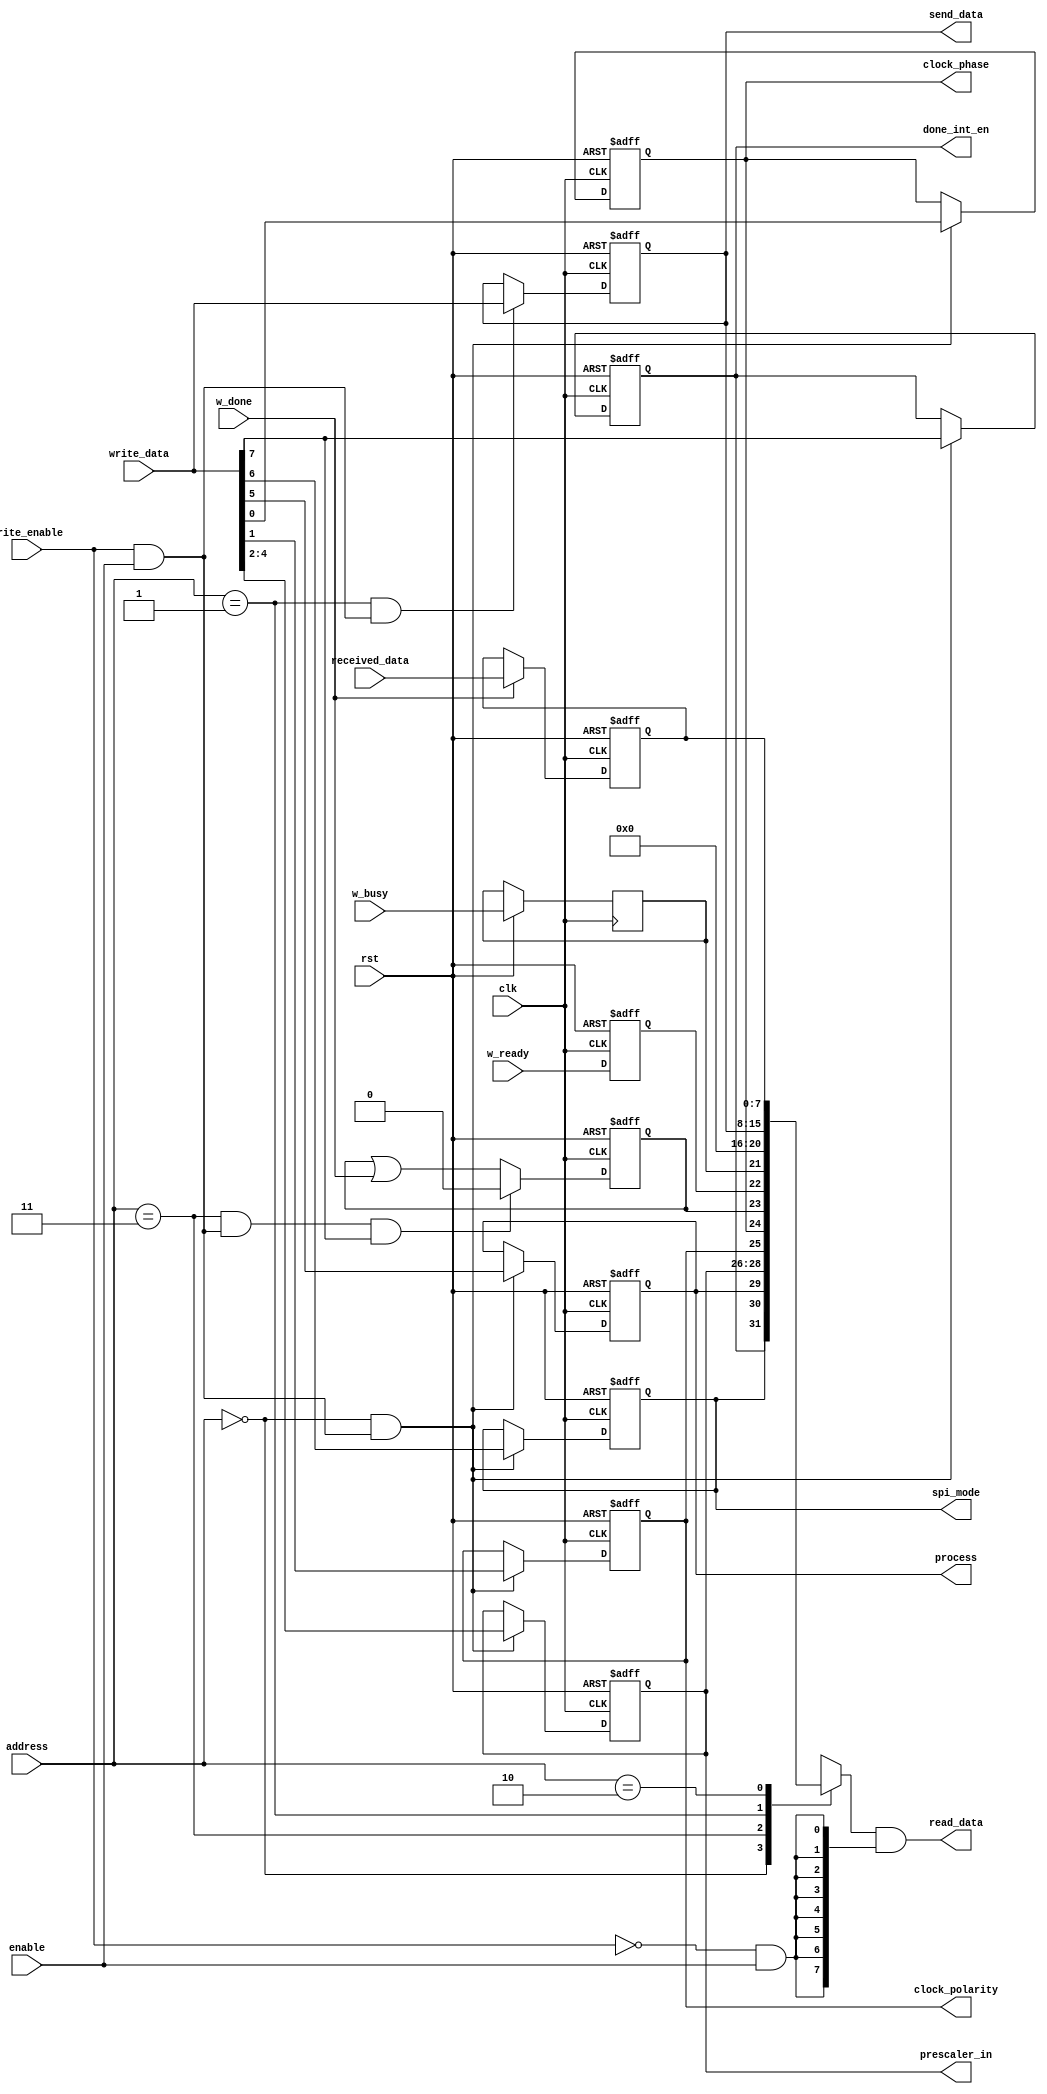
`timescale 1 ns / 100 ps

module spi_register   (
    input clk,
    input enable,
    input rst,
    input write_enable,
    input [1:0] address,
    input [7:0]  write_data,
    output [7:0] read_data,
    output reg [2:0] prescaler_in,
    output reg clock_polarity,
    output reg clock_phase,
    output reg process,
    output reg spi_mode,
    output reg [7:0] send_data,
    input wire [7:0] received_data,
    output reg done_int_en,
    input wire w_done,
    input wire w_busy,
    input wire w_ready);

    localparam  CTRL_REGISTER_ADDR = 2'b00;
    localparam  SEND_REGISTER_ADDR = 2'b01;
    localparam  RECEIVE_REGISTER_ADDR = 2'b10;
    localparam  STATUS_REGISTER_ADDR = 2'b11;

    localparam  CTRL_REGISTER_RST = 8'd0;
    localparam  SEND_REGISTER_RST = 8'd0;
    localparam  RECEIVE_REGISTER_RST = 8'd0;
    localparam  STATUS_REGISTER_RST = 8'd0;

    wire ctrl_register_selected = (address == CTRL_REGISTER_ADDR);
    wire send_register_selected = (address == SEND_REGISTER_ADDR);
    wire receive_register_selected = (address == RECEIVE_REGISTER_ADDR);
    wire status_register_selected = (address == STATUS_REGISTER_ADDR);

    reg  [7:0] read_data_out = 0;

    wire read_enabled = !write_enable & enable; 
    wire write_enabled = write_enable & enable;
     
    //CTRL REG
    wire [7:0] ctrl_reg = {
        done_int_en,
        spi_mode,
        process,
        prescaler_in,
        clock_polarity,
        clock_phase
    };

    always @(posedge clk or negedge rst) 
    begin
        if(!rst)
            begin
                done_int_en <= CTRL_REGISTER_RST[7];
                spi_mode <= CTRL_REGISTER_RST[6];
                process <= CTRL_REGISTER_RST[5];
                prescaler_in <= CTRL_REGISTER_RST[4:2];
                clock_polarity <= CTRL_REGISTER_RST[1];
                clock_phase <= CTRL_REGISTER_RST[0];
            end
        else 
            begin
                if(ctrl_register_selected & write_enabled)  
                begin
                    done_int_en <= write_data[7];
                    spi_mode <= write_data[6];
                    process <= write_data[5];
                    prescaler_in <= write_data[4:2];
                    clock_polarity <= write_data[1];
                    clock_phase <= write_data[0];
                end
                // else
                //     process = 1'b0;

            end
    end

    //STATUS REG
    reg done =0;
    reg ready = 0;
    reg busy = 0;

    wire [7:0] status_reg = {
        done,
        ready,
        busy,
        5'd0
    };

    wire status_write_en = status_register_selected & write_enabled;

    always @(posedge clk or negedge rst) 
    begin
        if(!rst)
            begin
                done <= 0;
                ready <= 0; 
            end
        else 
            begin
                busy <= w_busy;
                ready <= w_ready;
                done <= status_write_en & write_data[7] ? 0 : (done | w_done);
            end
    end

    //SEND 
    always @(posedge clk or negedge rst) 
    begin
        if(!rst)
            send_data  <= SEND_REGISTER_RST; 
        else 
            if(send_register_selected & write_enabled)  
                send_data <= write_data;
    end


    //RECEIVE 
    reg [7:0] r_received_data;
    always @(posedge clk or negedge rst) 
    begin
        if(!rst)
            r_received_data <= SEND_REGISTER_RST; 
        else
            r_received_data <= w_done ? received_data : r_received_data;
    end

    //read data
    always @(*) begin
        case(address)
            CTRL_REGISTER_ADDR: read_data_out = ctrl_reg;
            STATUS_REGISTER_ADDR: read_data_out = status_reg;
            SEND_REGISTER_ADDR: read_data_out = send_data;
            RECEIVE_REGISTER_ADDR: read_data_out = r_received_data;
            default: read_data_out = 0;
        endcase
    end

    assign read_data = read_data_out & {8{read_enabled}};
endmodule